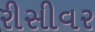
રીસીવર